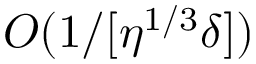
{ \cal O } ( 1 / [ \eta ^ { 1 / 3 } \delta ] )